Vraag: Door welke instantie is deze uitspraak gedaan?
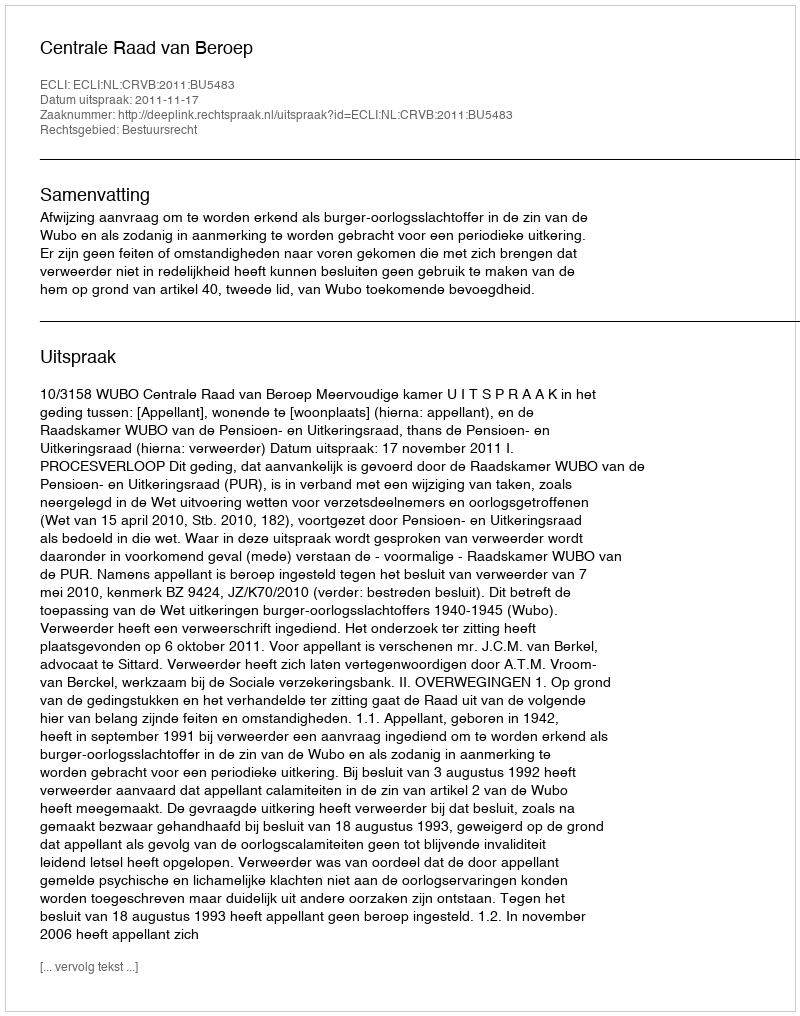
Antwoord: Centrale Raad van Beroep